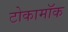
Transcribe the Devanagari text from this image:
टोकामॉक